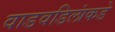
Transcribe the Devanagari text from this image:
वाडवडिलांकडे